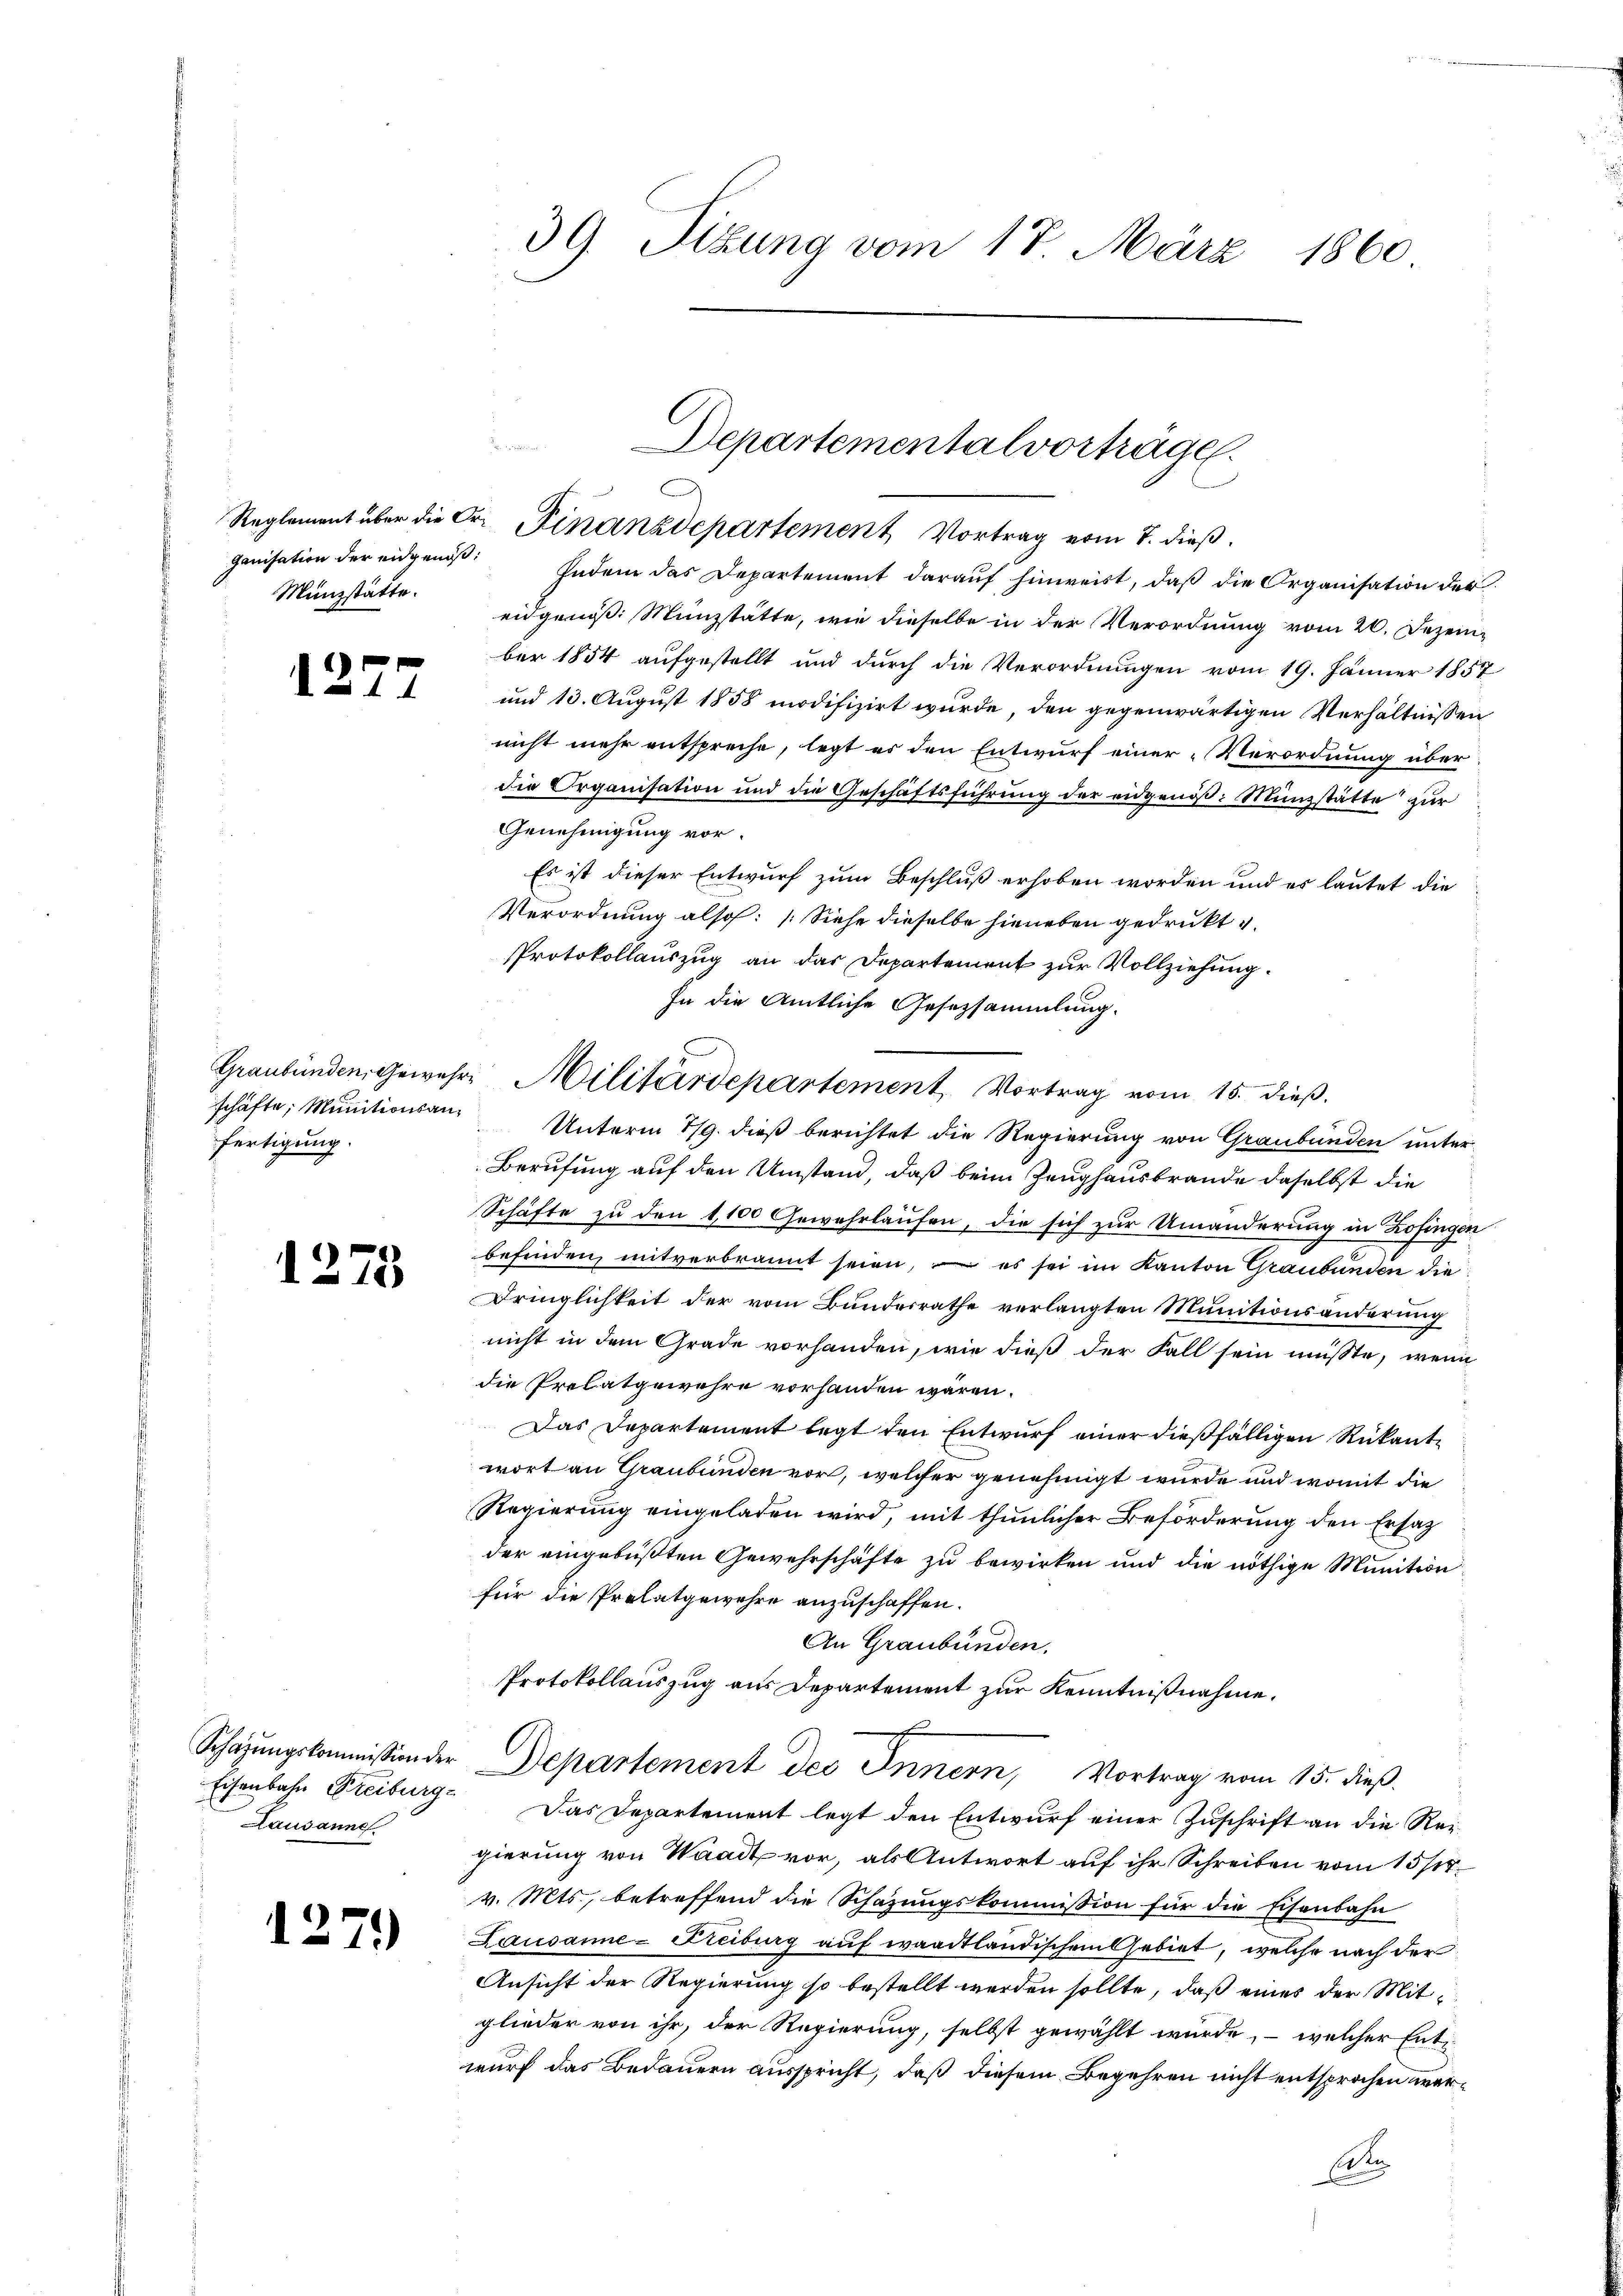
Münzstätte.

12.

1275

12

)

.

schäfte, Munitionsanfertigung.

Eisenbahn Freiburge
Lausanne

39. Sitzung vom 17. März 1860

r
Reglement über die Dr. Finanzdepartement Vortrag vom 7. dieß.
ganisation der eidgeniβ: Indem das Departement darauf hinweist, daß die Organisation der
eidgenöß: Münzstätte, wie dieselbe in der Verordnung vom 20. Dezem-
ber 1854 aufgestellt und durch die Verordnungen vom 19. Jänner 1857
und 13. August 1858 modifizirt wurde, den gegenwärtigen Verhältnissen
nicht mehr entspreche, legt es den Entwurf einer „Verordnung über
die Organisation und die Geschäftsführung der eidgenöß: Münzstätte zur
Genehmigung vor.
Es ist dieser Entwurf zum Beschluß erhoben worden und es lautet die
Verordnung also: (Siehe dieselbe hieneben gedrukt v.
Protokollauszug an das Departement zur Vollziehung.
In die Amtliche Gesetzsammlung.
Unterm 1/9. dieß berichtet die Regierung von Graubünden unter¬
Berufung auf den Umstand, daß beim Zeughausbrande daselbst die
Schäfte zu den 1,100 Gewehrlaufen, die sich zur Umänderung in Zofingen
befinden, mitverbrannt seien, – es sei im Kanton Graubünden die
Dringlichkeit der vom Bundesrathe verlangten Munitionsänderung
nicht in dem Grade vorhanden, wie dieß der Fall sein müsste, wenn
die Prelatgewehre vorhanden wären.
Das Departement legt den Entwurf einer dießfälligen Rükantwort an Graubünden vor, welcher genehmigt wurde und womit die
Regierung eingeladen wird, mit thunlicher Beförderung den Ersatz
der eingebüßten Gewehrschäfte zu bewirken und die nöthige Munition
für die Prolatgewehre anzuschaffen.
An Graubünden.
Protokollauszug aus Departement zur Kenntnißnahme.
Schazungskommission der Departement des Innern, Vortrag vom 15. dieß
Das Departement legt den Entwurf einer Zuschrift an die Reigierung von Waadt vor, als Antwort auf ihr Schreiben vom 15/
v. Mts., betreffend die Schazungskommission für die Eisenbahn
Lausanne-Freiburg auf waadtländischem Gebiet, welche nach der
Ansicht der Regierung so bestellt werden sollte, daß eines der Mitglieder von ihr, der Regierung, selbst gewählt wurde, – welcher Entwurf das Bedauern ausspricht, daß diesem Begehren nicht entsprochen wer¬
Ct

Departementalvorträge.

Graubünden, Gewehre Militärdepartement Vortrag vom 15. dieß.